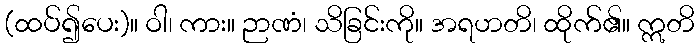
(ထပ်၍ပေး)။ ဝါ၊ ကား။ ဉာဏံ၊ သိခြင်းကို။ အရဟတိ၊ ထိုက်၏။ ဣတိ